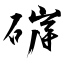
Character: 硸